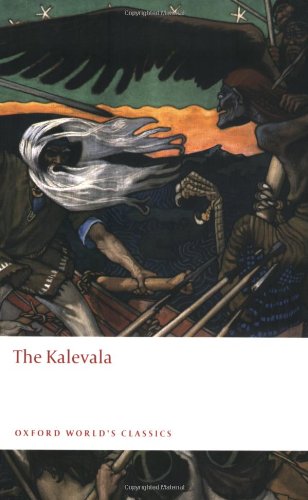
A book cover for The Kalevala: An Epic Poem after Oral Tradition by Elias LÃ¶nnrot (Oxford World's Classics); Elias LÃ¶nnrot; Literature & Fiction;